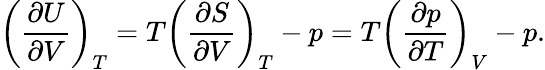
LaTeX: \left({\frac{\partial U}{\partial V}}\right)_{T}=T\left({\frac{\partial S}{\partial V}}\right)_{T}-p=T\left({\frac{\partial p}{\partial T}}\right)_{V}-p.